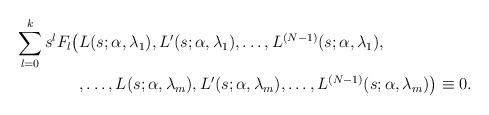
LaTeX: \begin{align*}\sum_{l=0}^k s^l F_l \bigl( & L(s;\alpha,\lambda_1), L'(s;\alpha,\lambda_1), \ldots, L^{(N-1)}(s;\alpha,\lambda_1) , \\ & ,\ldots, L(s;\alpha,\lambda_m), L'(s;\alpha,\lambda_m), \ldots, L^{(N-1)}(s;\alpha,\lambda_m) \bigr) \equiv 0.\end{align*}